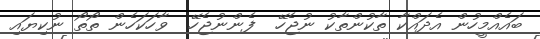
ބައެއްމީހުން އެދައްކާ ތާކުންތާކު ނުޖެހޭ  ފެންނުޖެހޭ  ވާހަކަހެން ތޯތޯ ނުކިޔައި